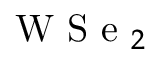
\textrm { W S e } _ { 2 }